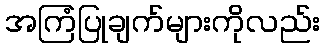
အကြံပြုချက်များကိုလည်း